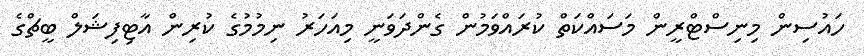
ހައުސިން މިނިސްޓްރީން މަސައްކަތް ކުރައްވަމުން ގެންދަވަނީ މިއަހަރު ނިމުމުގެ ކުރިން އާޓިފިޝަލް ބީޗްގެ